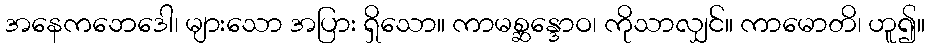
အနေကဘေဒေါ၊ များသော အပြား ရှိသော။ ကာမစ္ဆန္ဒောဝ၊ ကိုသာလျှင်။ ကာမောတိ၊ ဟူ၍။